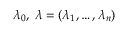
\lambda _ { 0 } , \; { \boldsymbol { \lambda } } = ( \lambda _ { 1 } , \ldots , \lambda _ { n } )